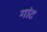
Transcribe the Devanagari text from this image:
गांट